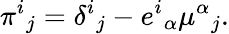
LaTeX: \pi^{i}{}_{j}=\delta^{i}{}_{j}-e^{i}{}_{\alpha}\mu^{\alpha}{}_{j}.